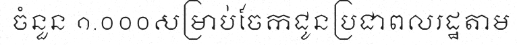
ចំនួន ១.០០០សម្រាប់ចែកជូនប្រជាពលរដ្ឋតាម